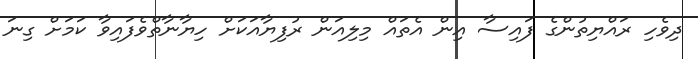
ދިވެހި ރައްޔިތުންގެ ފައިސާ އިން އެތައް މިލިއަން ރުފިޔާއަކަށް ހިޔާނާތްވެފައިވާ ކަމަށް ގިނަ